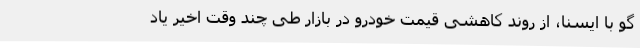
گو با ایسنا، از روند کاهشی قیمت خودرو در بازار طی چند وقت اخیر یاد